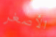
الأصغر